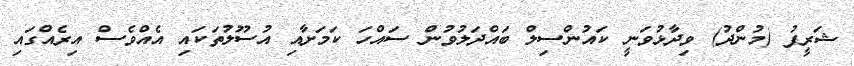
ޝަރީފު (މުންދު) ވިދާޅުވަނީ ކައުންސިލް ބައްދަލުވުން ސައްހަ ކަމަށާއި އުސޫލުތަކައި އެއްވެސް އިރެއްގައި